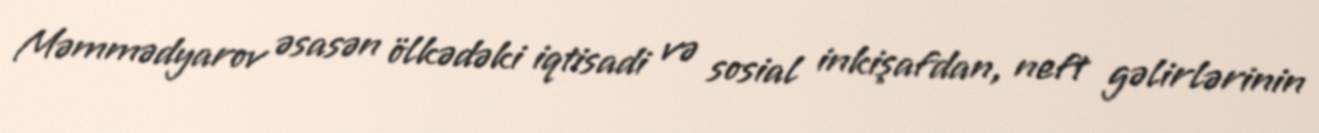
Məmmədyarov əsasən ölkədəki iqtisadi və sosial inkişafdan, neft gəlirlərinin